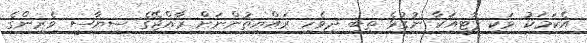
އެކަމަކު ވަކި ޕާޓީއަކާ ނުގުޅެ ތިބި ދިވެހި ރައްޔިތުންނަށް ރާއްޖޭގެ ސިޔާސީ ވެރިންގެ